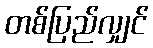
တစ်ပြည်လျှင်